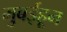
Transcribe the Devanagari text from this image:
मुबईहून